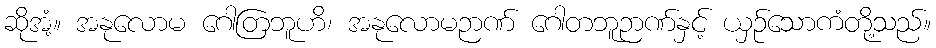
ဆိုအံ့။ အနုလောမ ဂေါတြဘူဟိ၊ အနုလောမဉာဏ် ဂေါတဘူဉာဏ်နှင့် ယှဉ်သောကံတို့သည်။